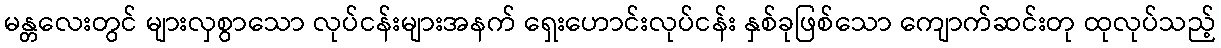
မန္တလေးတွင် များလှစွာသော လုပ်ငန်းများအနက် ရှေးဟောင်းလုပ်ငန်း နှစ်ခုဖြစ်သော ကျောက်ဆင်းတု ထုလုပ်သည့်